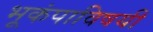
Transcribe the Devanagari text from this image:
भूकंपाविषयी